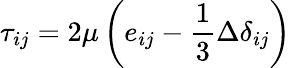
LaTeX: \tau_{ij}=2\mu\left(e_{ij}-{\frac{1}{3}}\Delta\delta_{ij}\right)